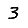
Digit: 3